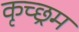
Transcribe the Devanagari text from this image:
कृच्छ्रम